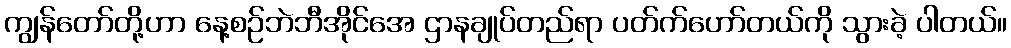
ကျွန်တော်တို့ဟာ နေ့စဉ်ဘဲဘီအိုင်အေ ဌာနချုပ်တည်ရာ ပတ်က်ဟော်တယ်ကို သွားခဲ့ ပါတယ်။